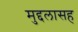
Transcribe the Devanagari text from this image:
मुद्दलासह